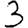
Digit: 3